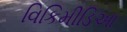
વિકિમીડિઆ